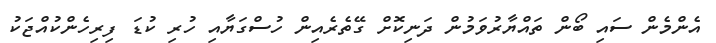
އެންމެން ސައި ބޯން ތައްޔާރުވަމުން ދަނިކޮށް ގޭތެރެއިން ހުސްގަޔާއި ހުރި ކުޑަ ފިރިހެންކުއްޖަކު